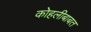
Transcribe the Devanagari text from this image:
कोहलीबाबत